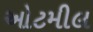
ઓટમીલ